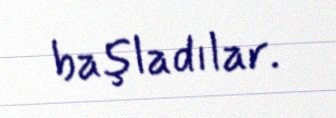
başladılar.